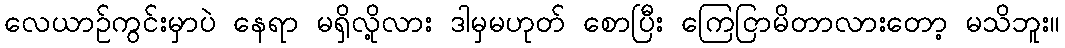
လေယာဉ်ကွင်းမှာပဲ နေရာ မရှိလို့လား ဒါမှမဟုတ် စောပြီး ကြေငြာမိတာလားတော့ မသိဘူး။